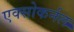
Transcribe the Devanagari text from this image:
एक्सोकर्नल